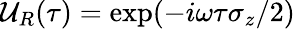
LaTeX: \mathcal{U}_{R}(\tau)=\exp(-i\omega\tau\sigma_{z}/2)